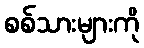
စစ်သားများကို